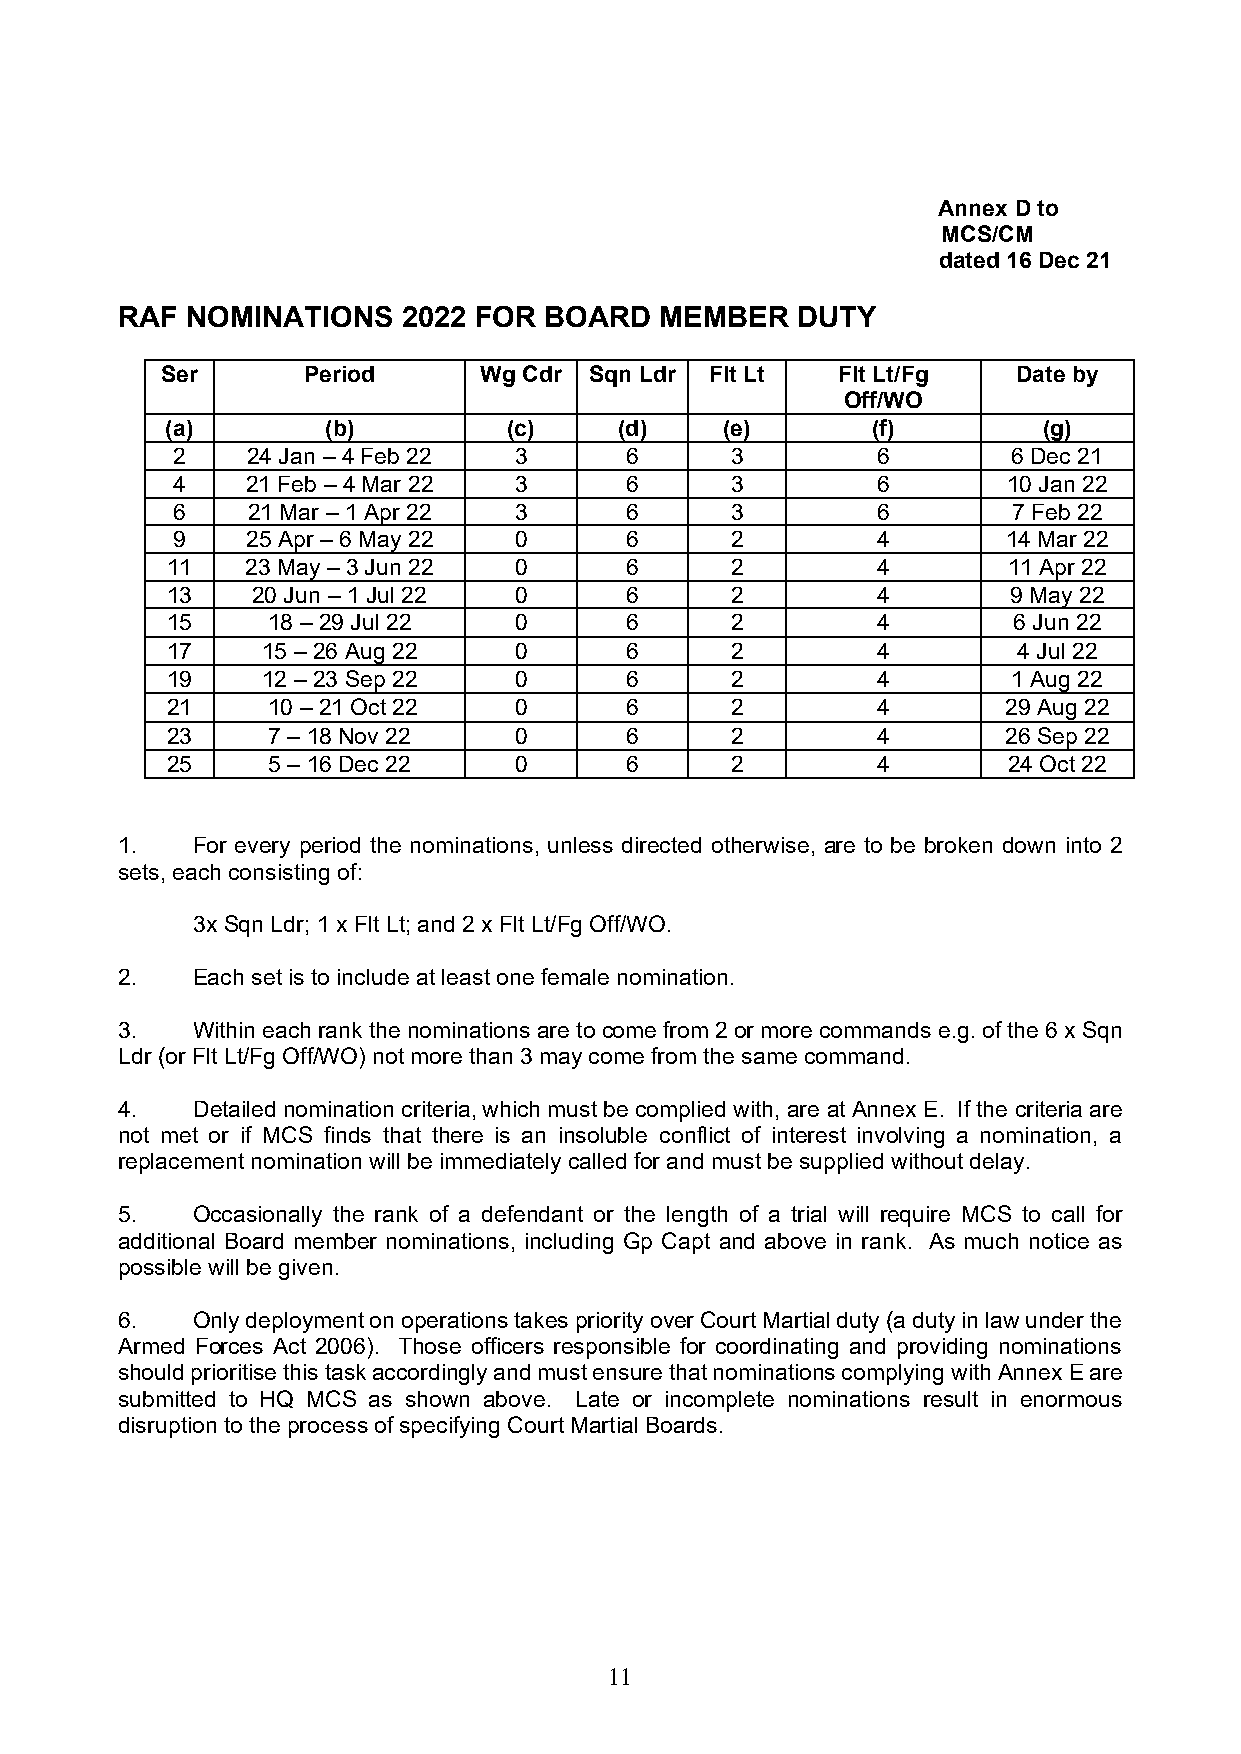
Annex D to
 MCS/CM
 dated 16 Dec 21
 RAF NOMINATIONS    2022 FOR BOARD   MEMBER   DUTY
 Ser      Period      Wg Cdr Sqn Ldr Flt Lt  Flt Lt/Fg   Date by
 Off/WO
 (a)        (b)         (c)    (d)    (e)       (f)        (g)
 2    24 Jan – 4 Feb 22 3      6      3         6        6 Dec 21
 4    21 Feb – 4 Mar 22 3      6      3         6        10 Jan 22
 6    21 Mar – 1 Apr 22 3      6      3         6        7 Feb 22
 9    25 Apr – 6 May 22 0      6      2         4        14 Mar 22
 11   23 May – 3 Jun 22 0      6      2         4        11 Apr 22
 13    20 Jun – 1 Jul 22 0     6      2         4        9 May 22
 15     18 – 29 Jul 22  0      6      2         4        6 Jun 22
 17    15 – 26 Aug 22   0      6      2         4        4 Jul 22
 19    12 – 23 Sep 22   0      6      2         4        1 Aug 22
 21     10 – 21 Oct 22  0      6      2         4        29 Aug 22
 23     7 – 18 Nov 22   0      6      2         4        26 Sep 22
 25     5 – 16 Dec 22   0      6      2         4        24 Oct 22
 1.   For every period the nominations, unless directed otherwise, are to be broken down into 2
 sets, each consisting of:
 3x Sqn Ldr; 1 x Flt Lt; and 2 x Flt Lt/Fg Off/WO.
 2.   Each set is to include at least one female nomination.
 3.   Within each rank the nominations are to come from 2 or more commands e.g. of the 6 x Sqn
 Ldr (or Flt Lt/Fg Off/WO) not more than 3 may come from the same command.
 4.   Detailed nomination criteria, which must be complied with, are at Annex E. If the criteria are
 not met or if MCS finds that there is an insoluble conflict of interest involving a nomination, a
 replacement nomination will be immediately called for and must be supplied without delay.
 5.   Occasionally the rank of a defendant or the length of a trial will require MCS to call for
 additional Board member nominations, including Gp Capt and above in rank. As much notice as
 possible will be given.
 6.   Only deployment on operations takes priority over Court Martial duty (a duty in law under the
 Armed Forces Act 2006). Those officers responsible for coordinating and providing nominations
 should prioritise this task accordingly and must ensure that nominations complying with Annex E are
 submitted to HQ MCS as shown above. Late or incomplete nominations result in enormous
 disruption to the process of specifying Court Martial Boards.
 1 1